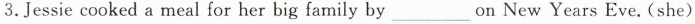
3.Jessie cooked a meal for her big family by____on New Years Eve. (she)